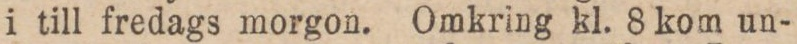
i till fredags morgon. Omkring kl. 8 kom un-